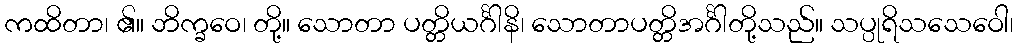
ကထိတာ၊ ၏။ ဘိက္ခဝေ၊ တို့။ သောတာ ပတ္တိယင်္ဂါနိ၊ သောတာပတ္တိအင်္ဂါတို့သည်။ သပ္ပုရိသသေဝေါ၊